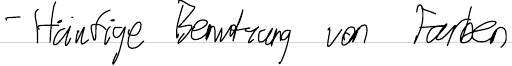
- Häufige Benutzung von Farben